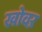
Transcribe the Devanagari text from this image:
खोवऱ